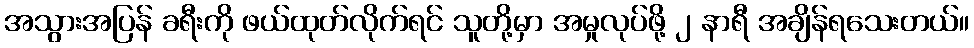
အသွားအပြန် ခရီးကို ဖယ်ထုတ်လိုက်ရင် သူတို့မှာ အမှုလုပ်ဖို့ ၂ နာရီ အချိန်ရသေးတယ်။